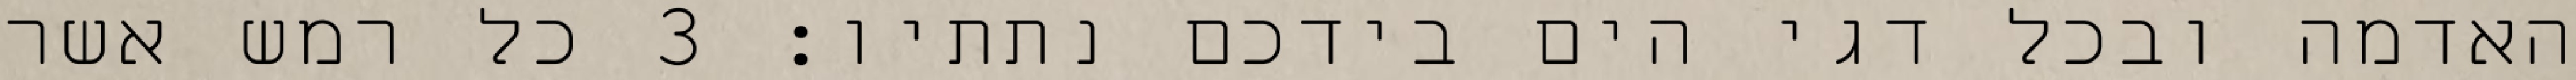
האדמה ובכל דגי הים בידכם נתתיו׃ ‎3‏ כל רמש אשר